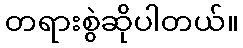
တရားစွဲဆိုပါတယ်။